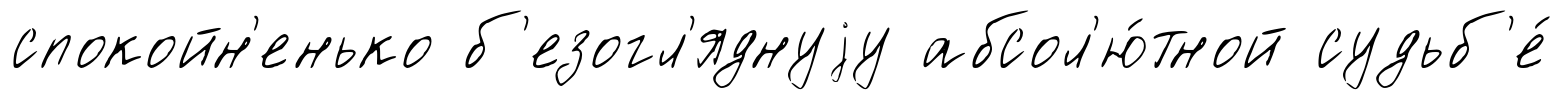
спокойн'енько б'езогл'яднуjу абсол'ю́тной судьб'е́